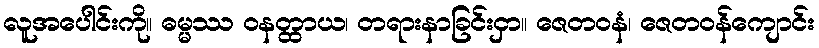
လူအပေါင်းကို။ ဓမ္မဿ ဝနတ္ထာယ၊ တရားနာခြင်းငှာ။ ဇေတဝနံ၊ ဇေတဝန်ကျောင်း